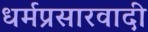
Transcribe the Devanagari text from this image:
धर्मप्रसारवादी